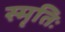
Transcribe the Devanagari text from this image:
स्मृतिः